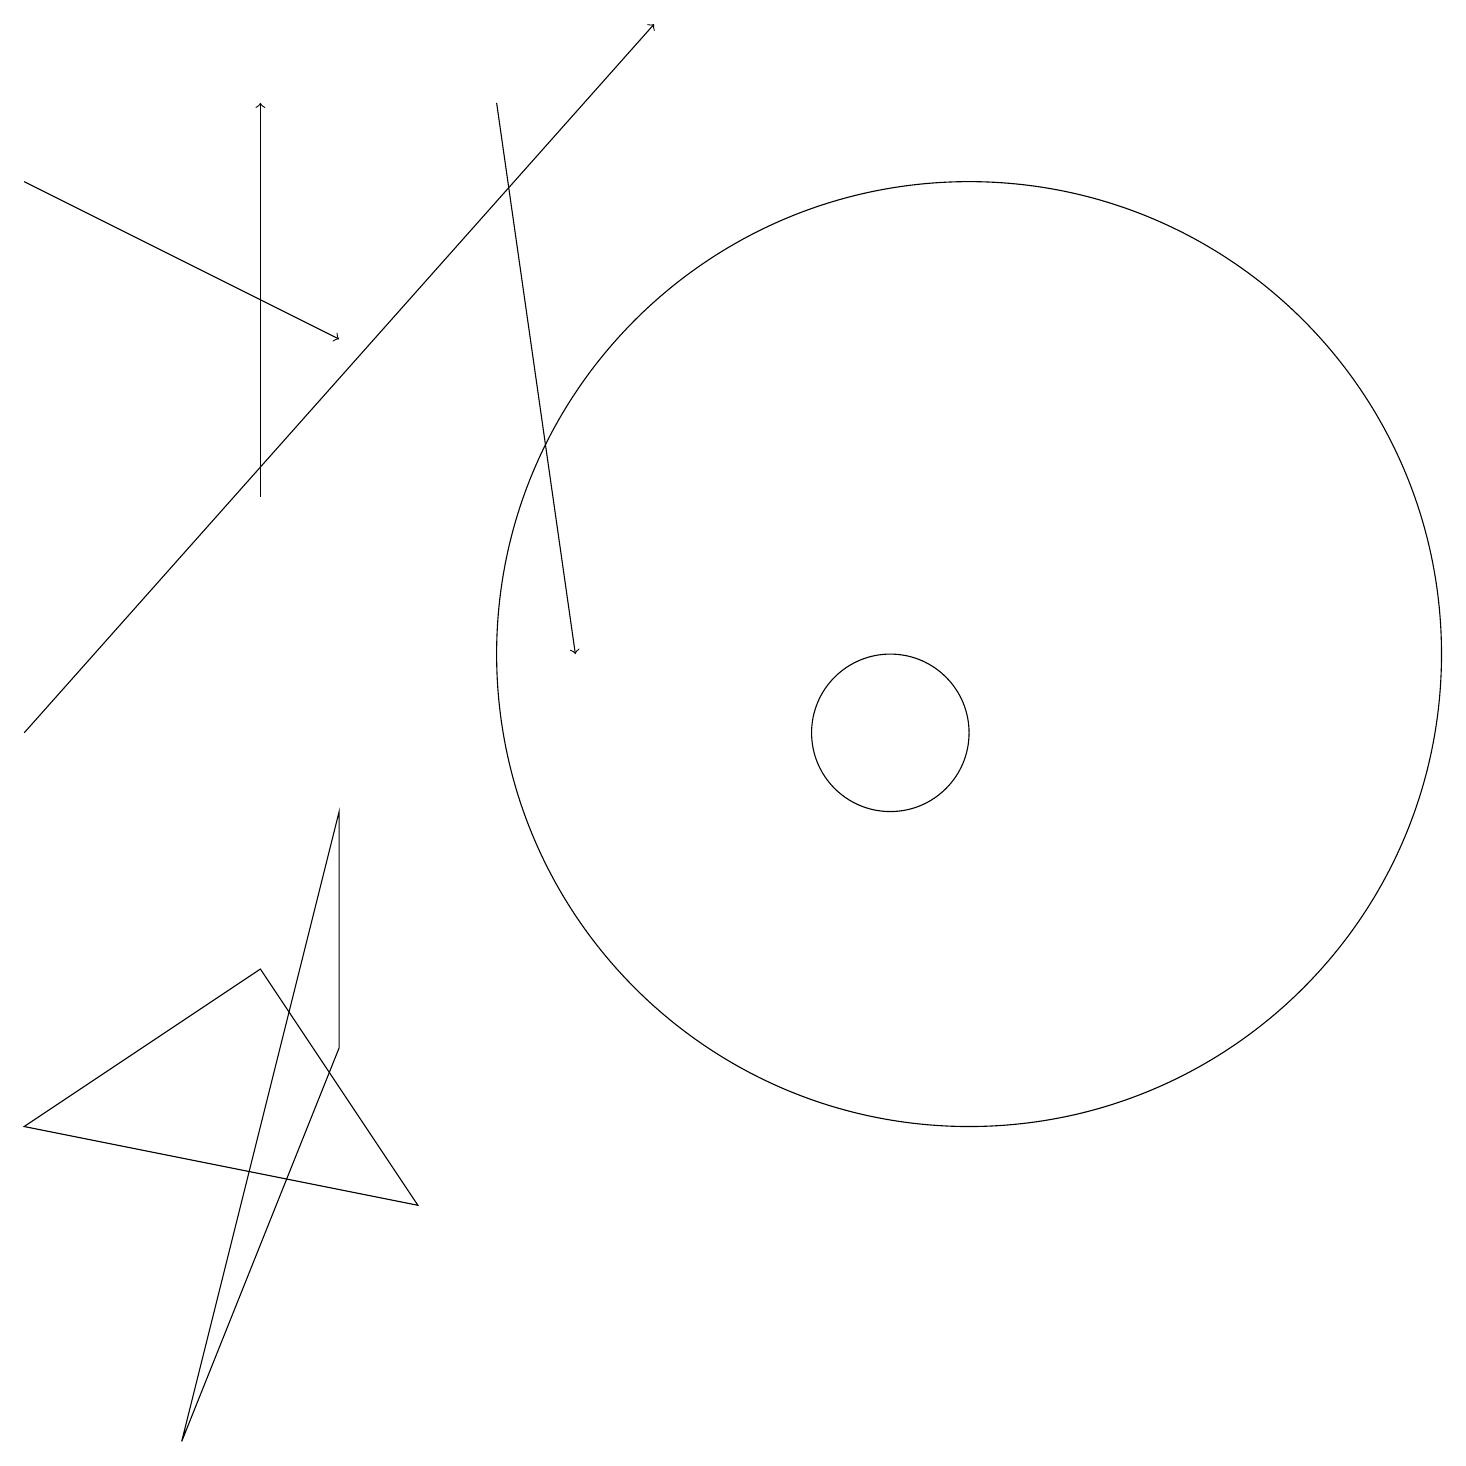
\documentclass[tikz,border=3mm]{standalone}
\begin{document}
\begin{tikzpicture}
\draw[->] (3,13) -- (3,18);
\draw[->] (6,18) -- (7,11);
\draw (3,7) -- (5,4) -- (0,5) -- cycle;
\draw (2,1) -- (4,6) -- (4,9) -- cycle;
\draw (12,11) circle (6);
\draw[->] (0,10) -- (8,19);
\draw (11,10) circle (1);
\draw[->] (0,17) -- (4,15);
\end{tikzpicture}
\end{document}